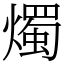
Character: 燭